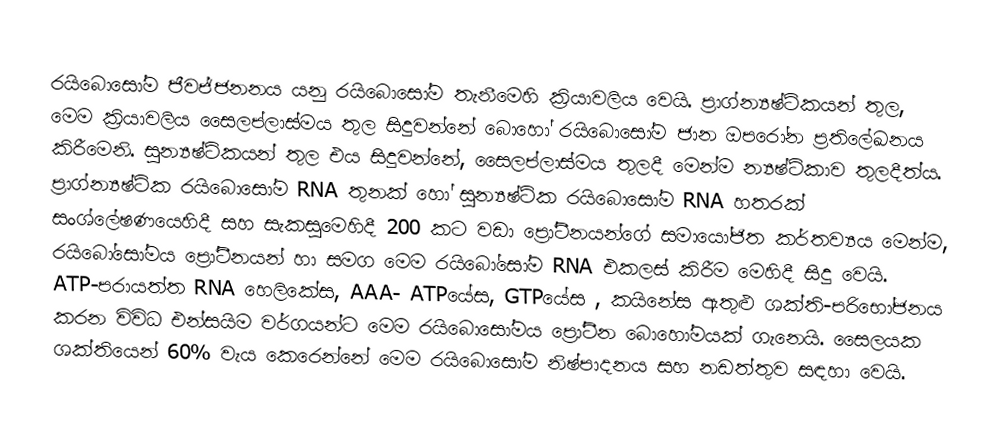
රයිබොසෝම ජීවජ්ජනනය යනු රයිබොසෝම තැනීමෙහි ක්‍රියාවලිය වෙයි.  ප්‍රාග්න්‍යෂ්ටිකයන් තුල, මෙම ක්‍රියාවලිය සෛලප්ලාස්මය තුල සිදුවන්නේ බොහෝ රයිබොසෝම ජාන  ඔපරෝන  ප්‍රතිලේඛනය කිරීමෙනි. සුන්‍යෂ්ටිකයන් තුල එය සිදුවන්නේ, සෛලප්ලාස්මය තුලදී මෙන්ම න්‍යෂ්ටිකාව තුලදීත්ය. ප්‍රාග්න්‍යෂ්ටික රයිබොසෝම RNA තුනක් හෝ  සුන්‍යෂ්ටික රයිබොසෝම RNA හතරක් සංශ්ලේෂණයෙහිදී සහ සැකසුමෙහිදී 200 කට වඩා  ප්‍රෝටීනයන්ගේ සමායෝජිත කර්තව්‍යය  මෙන්ම, රයිබෝසෝමය ප්‍රෝටීනයන් හා සමග මෙම රයිබෝසෝම RNA එකලස් කිරීම මෙහිදී සිදු වෙයි. ATP-පරායත්ත RNA  හෙලිකේස, AAA- ATPයේස, GTPයේස ,  කයිනේස ඇතුළු ශක්ති-පරිභෝජනය කරන විවිධ එන්සයිම වර්ගයන්ට  මෙම රයිබොසෝමය ප්‍රෝටීන බොහෝමයක් ගැනෙයි. සෛලයක ශක්තියෙන් 60% වැය කෙරෙන්නේ මෙම රයිබොසෝම නිෂ්පාදනය සහ නඩත්තුව සඳහා වෙයි.